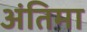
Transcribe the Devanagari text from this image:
अंतिमा